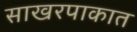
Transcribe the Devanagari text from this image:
साखरपाकात